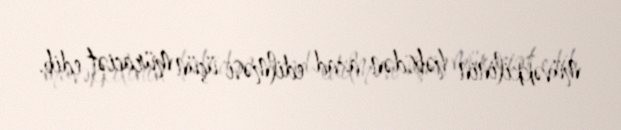
müvəkkilinin həbsdən azad edilməsi üçün müraciət edib.